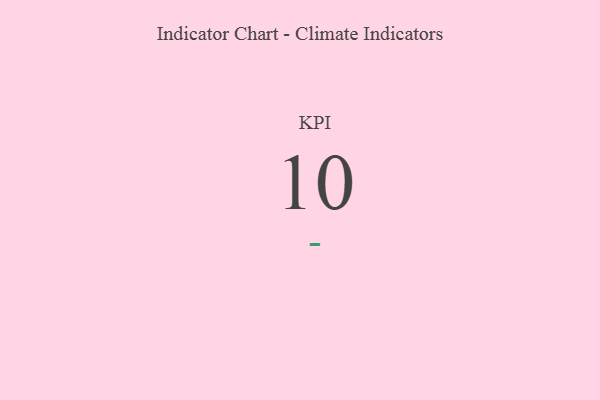
{"axis": {"x": "KPI", "y": "Value"}, "legend": [""], "data": [{"x": "KPI", "y": 10, "type": ""}]}